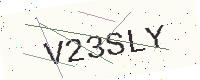
Text: V23SLY